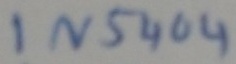
Text: IN5404